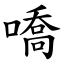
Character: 嘺